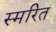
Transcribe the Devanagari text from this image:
स्मरित